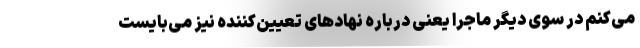
می‌کنم در سوی دیگر ماجرا یعنی درباره نهادهای تعیین‌کننده نیز می‌بایست